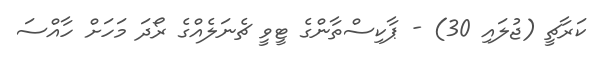
ކަރާޗީ (ޖުލައި 30) - ޕާކިސްތާންގެ ޓީވީ ޗެނަލެއްގެ ރޯދަ މަހަށް ހާއްސަ